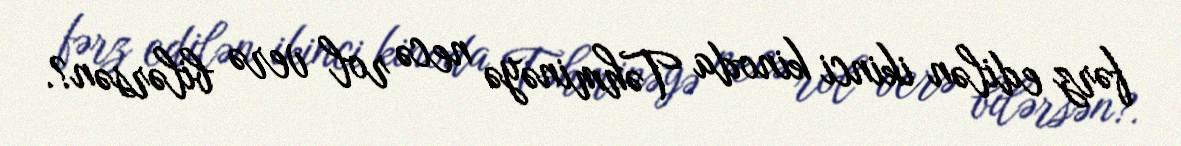
fərz edilən ikinci kinoda Təhminəyə necə rol verə bilərsən?.